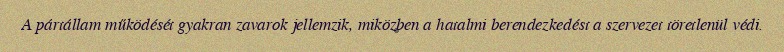
A pártállam működését gyakran zavarok jellemzik, miközben a hatalmi berendezkedést a szervezet töretlenül védi.